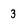
Character: 3